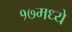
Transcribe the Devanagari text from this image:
१७मध्ये